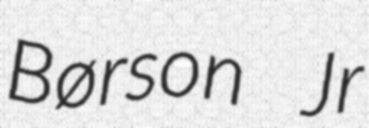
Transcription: Børson Jr